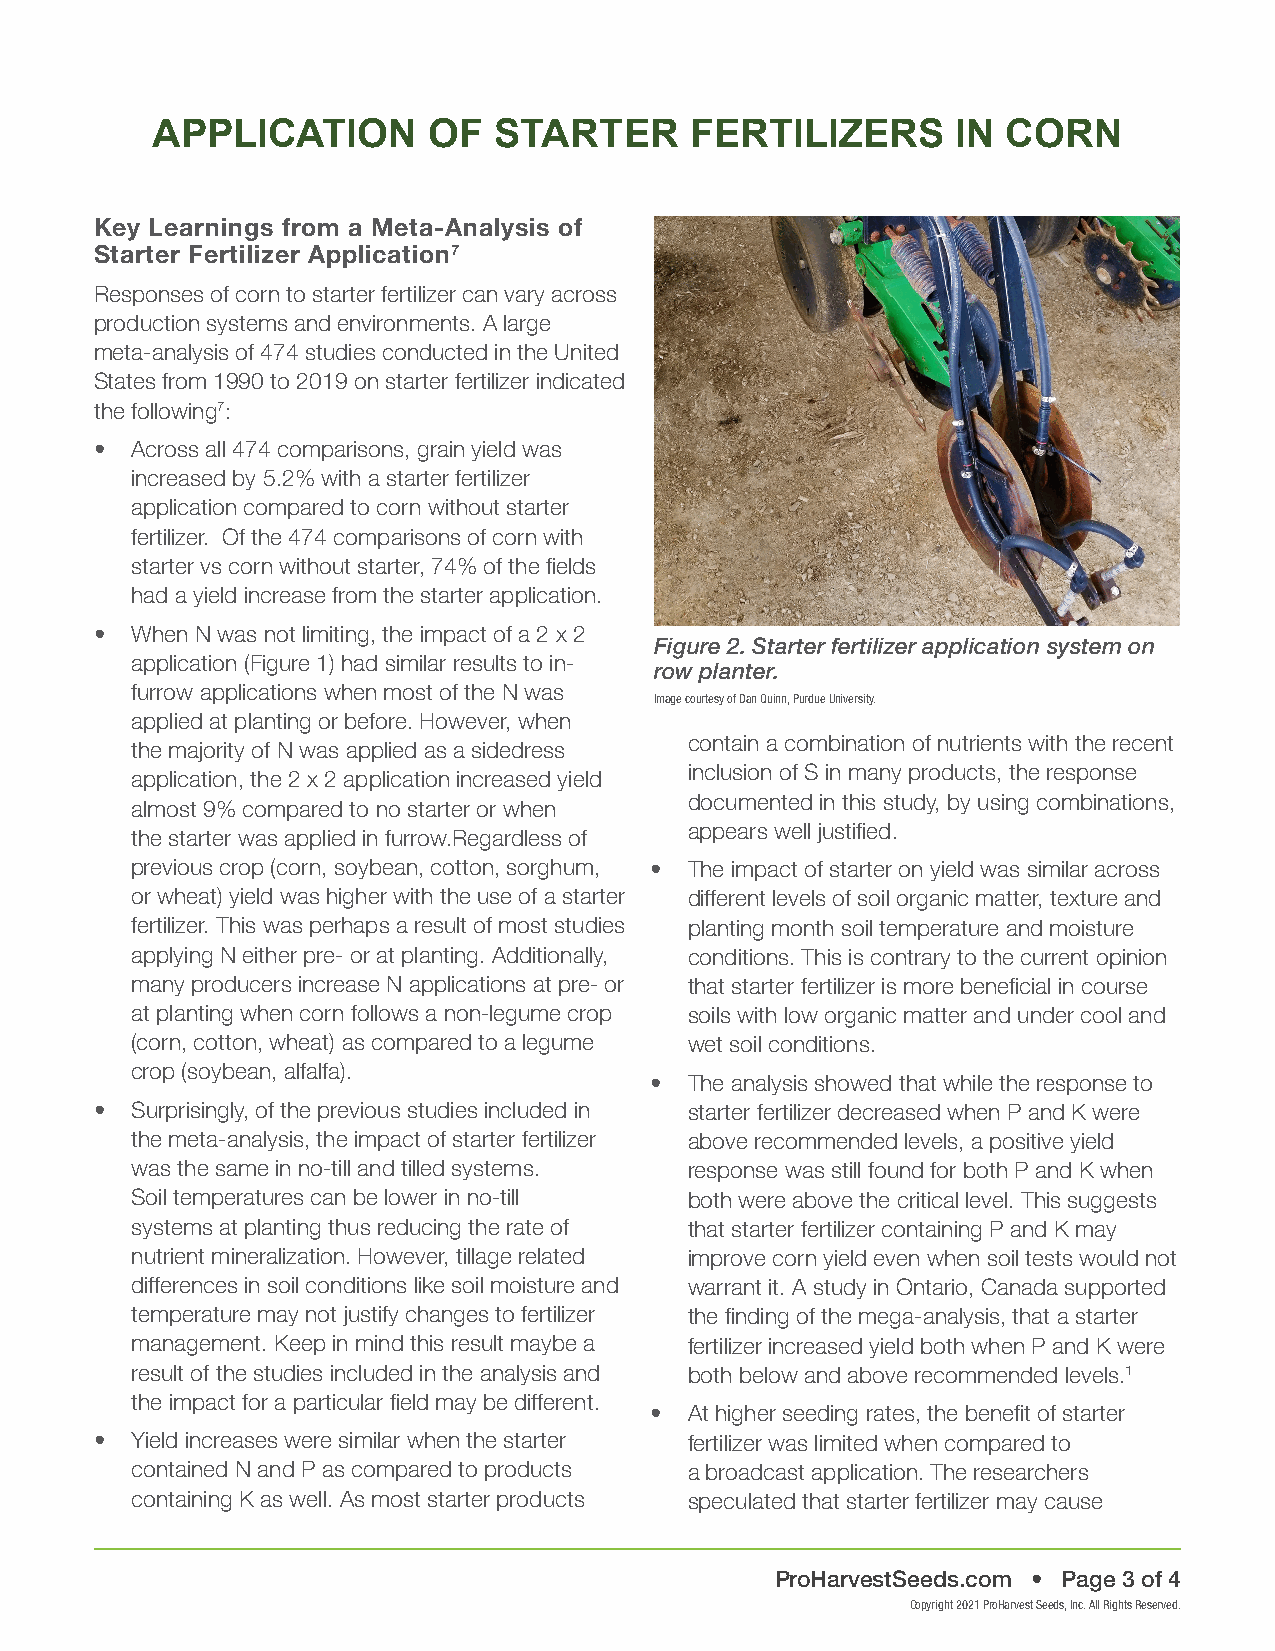
APPLICATION       OF   STARTER      FERTILIZERS      IN  CORN
 Key Learnings from a Meta-Analysis of
 Starter Fertilizer Application7
 Responses of corn to starter fertilizer can vary across
 production systems and environments. A large
 meta-analysis of 474 studies conducted in the United
 States from 1990 to 2019 on starter fertilizer indicated
 the following7:
 •  Across all 474 comparisons, grain yield was
 increased by 5.2% with a starter fertilizer
 application compared to corn without starter
 fertilizer. Of the 474 comparisons of corn with
 starter vs corn without starter, 74% of the fields
 had a yield increase from the starter application.
 •  When N was not limiting, the impact of a 2 x 2
 Figure 2. Starter fertilizer application system on
 application (Figure 1) had similar results to in-
 row planter.
 furrow applications when most of the N was
 Image courtesy of Dan Quinn, Purdue University.
 applied at planting or before. However, when
 contain a combination of nutrients with the recent
 the majority of N was applied as a sidedress
 inclusion of S in many products, the response
 application, the 2 x 2 application increased yield
 documented in this study, by using combinations,
 almost 9% compared to no starter or when
 appears well justified.
 the starter was applied in furrow.Regardless of
 previous crop (corn, soybean, cotton, sorghum, • The impact of starter on yield was similar across
 or wheat) yield was higher with the use of a starter different levels of soil organic matter, texture and
 fertilizer. This was perhaps a result of most studies planting month soil temperature and moisture
 applying N either pre- or at planting. Additionally, conditions. This is contrary to the current opinion
 many producers increase N applications at pre- or that starter fertilizer is more beneficial in course
 at planting when corn follows a non-legume crop soils with low organic matter and under cool and
 (corn, cotton, wheat) as compared to a legume wet soil conditions.
 crop (soybean, alfalfa).
 •  The analysis showed that while the response to
 •  Surprisingly, of the previous studies included in starter fertilizer decreased when P and K were
 the meta-analysis, the impact of starter fertilizer above recommended levels, a positive yield
 was the same in no-till and tilled systems. response was still found for both P and K when
 Soil temperatures can be lower in no-till both were above the critical level. This suggests
 systems at planting thus reducing the rate of that starter fertilizer containing P and K may
 nutrient mineralization. However, tillage related improve corn yield even when soil tests would not
 differences in soil conditions like soil moisture and warrant it. A study in Ontario, Canada supported
 temperature may not justify changes to fertilizer the finding of the mega-analysis, that a starter
 management. Keep in mind this result maybe a fertilizer increased yield both when P and K were
 result of the studies included in the analysis and both below and above recommended levels.1
 the impact for a particular field may be different.
 •  At higher seeding rates, the benefit of starter
 •  Yield increases were similar when the starter fertilizer was limited when compared to
 contained N and P as compared to products a broadcast application. The researchers
 containing K as well. As most starter products speculated that starter fertilizer may cause
 ProHarvestSeeds.com • Page 3 of 4
 Copyright 2021 ProHarvest Seeds, Inc. All Rights Reserved.